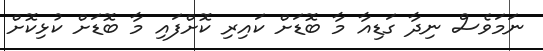
ނަމަވެސް ނިދާ ގަޑިއާ މާ ބޮޑަށް ކައިރި ކޮށްފައި މާ ބޮޑަށް ކުޅިކޮށް